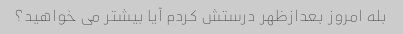
بله امروز بعدازظهر درستش کردم آیا بیشتر می خواهید؟